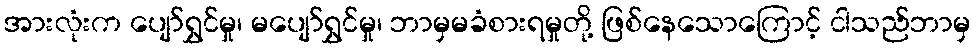
အားလုံးက ပျော်ရွှင်မှု၊ မပျော်ရွှင်မှု၊ ဘာမှမခံစားရမှုတို့ ဖြစ်နေသောကြောင့် ငါသည်ဘာမှ